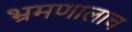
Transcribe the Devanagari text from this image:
भ्रमणालाच